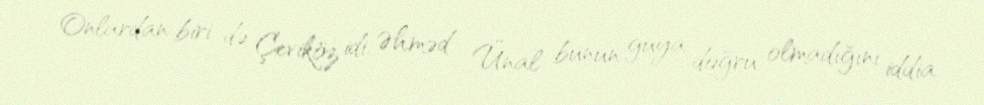
Onlardan biri də Çeviköz idi. Əhməd Ünal bunun guya doğru olmadığını iddia